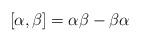
LaTeX: \begin{align*}[\alpha,\beta] =\alpha \beta - \beta \alpha\end{align*}